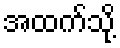
အထက်သို့